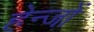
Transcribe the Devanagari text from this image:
हेन्जों